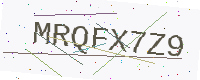
Text: MRQFX7Z9